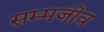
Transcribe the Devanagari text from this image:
सम्मजीव